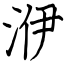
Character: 洢